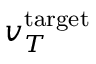
v _ { T } ^ { \mathrm { t a r g e t } }